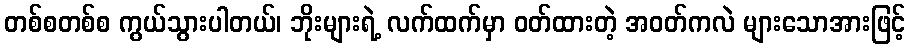
တစ်စတစ်စ ကွယ်သွားပါတယ်၊ ဘိုးများရဲ့ လက်ထက်မှာ ဝတ်ထားတဲ့ အဝတ်ကလဲ များသောအားဖြင့်